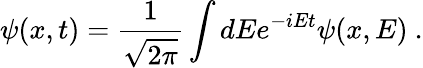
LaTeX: \psi(x,t)=\frac{1}{\sqrt{2\pi}}\int dEe^{-iEt}\psi(x,E)\ .